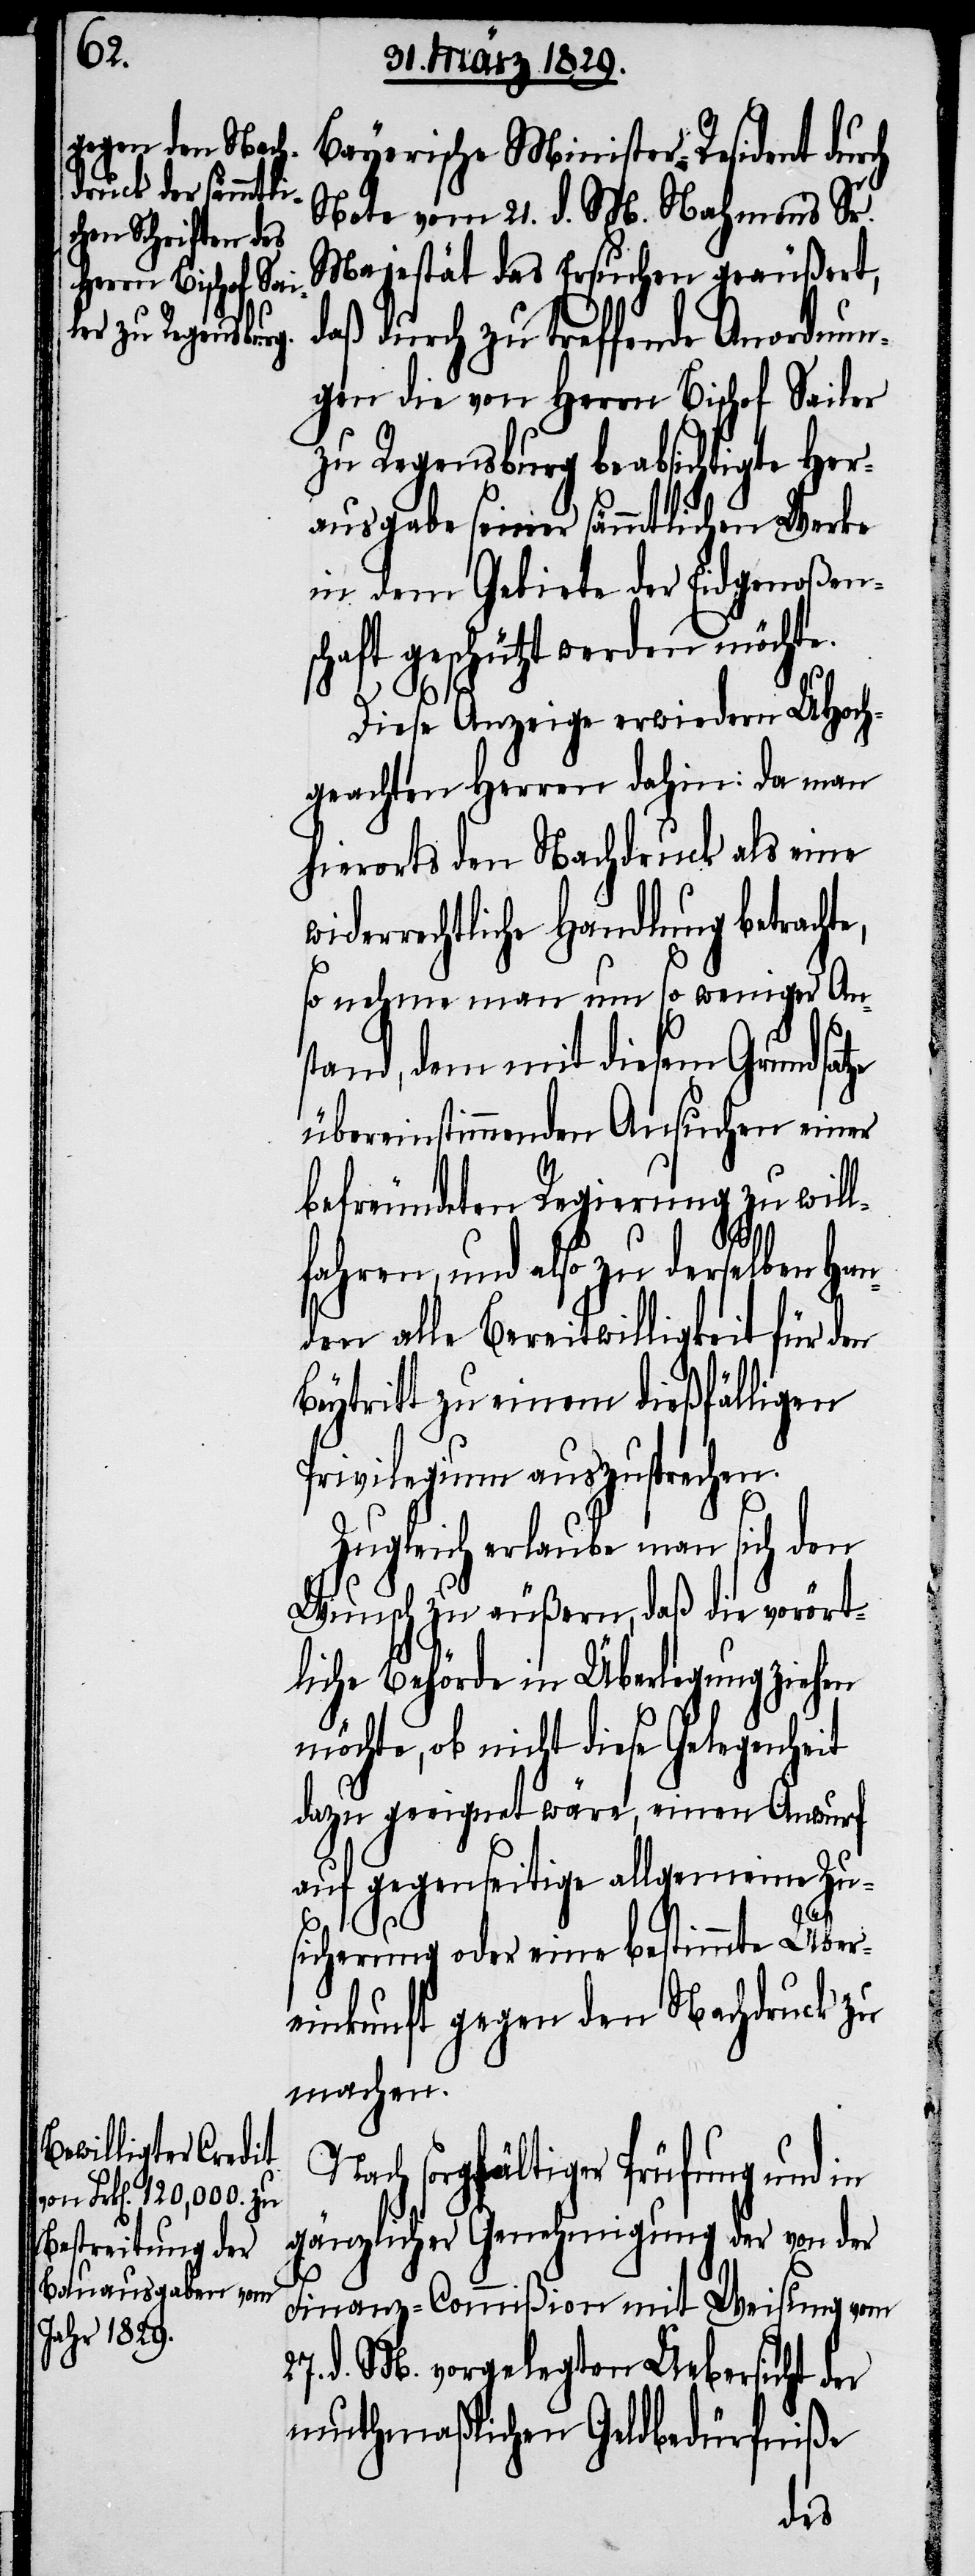
Bayerische Minister-Resident durch
Note vom 21. v. M. Nahmens Sr.
Majestät das Ersuchen geäußert,
daß durch zu treffende Anordnun¬
gen die von Herrn Bischof Sailer
zu Regensburg beabsichtigte Her¬
ausgabe seiner sämmtlichen Werke
in dem Gebiete der Eidgenoßens¬
chaft geschützt werden möchte.
Diese Anzeige erwiedern UHoch¬
geachten Herren dahin: da man
hierorts den Nachdruck als eine
widerrechtliche Handlung betrachte,
so nehme man um so weniger Ans¬
tand, dem mit diesem Grundsatze
übereinstimmenden Ansuchen einer
befreundeten Regierung zu will¬
fahren, und also zu derselben Ha¬
nden alle Bereitwilligkeit für den
Beytritt zu einem dießfälligen
Privilegium auszusprechen.
Zugleich erlaubt man sich den
Wunsch zu äußern, daß die vorört¬
liche Behörde in Überlegung ziehen
möchte, ob nicht diese Gelegenheit
dazu geeignet wäre, einen Anwurf
auf gegenseitige allgemeine Zu¬
sicherung oder eine bestimmte Über¬
einkunft gegen den Nachdruck zu
machen.
Nach sorgfältiger Prüfung und in
gänzlicher Genehmigung der von der
Finanz-Commißion mit Weisung vom
27. d. M. vorgelegten Uebersicht der
muthmaßlichen Geldbedürfniße